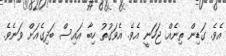
އެވެ. ގަޑިން ތިނެއް ޖަހަނީ އެވެ. އެވަގުތު ހިބާ އައިސް ބަދިގެއަށް ވަނެވެ.